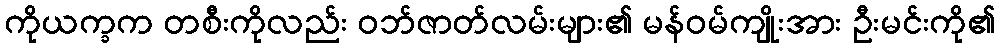
ကိုယက္ခက တစီးကိုလည်း ဝဘ်ဇာတ်လမ်းများ၏ မန်ဝမ်ကျိုးအား ဦးမင်းကို၏